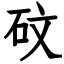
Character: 砇